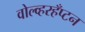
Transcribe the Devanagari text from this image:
वोल्व्हरहँप्टन